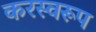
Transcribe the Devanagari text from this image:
करस्वरूप